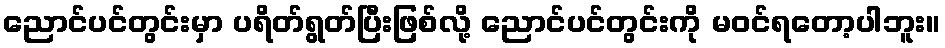
ညောင်ပင်တွင်းမှာ ပရိတ်ရွတ်ပြီးဖြစ်လို့ ညောင်ပင်တွင်းကို မဝင်ရတော့ပါဘူး။